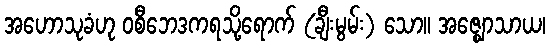
အဟောသုခံဟု ဝစီဘေဒကရသို့ရောက် (ချီးမွမ်း) သော။ အဇ္ဈောသာယ၊